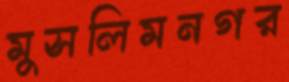
মুসলিমনগর